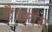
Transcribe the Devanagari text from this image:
है।फ्रांस